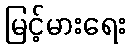
မြင့်မားရေး